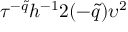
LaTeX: \tau ^ { - \tilde { q } } h ^ { - 1 } 2 ( - \tilde { q } ) \upsilon ^ { 2 }